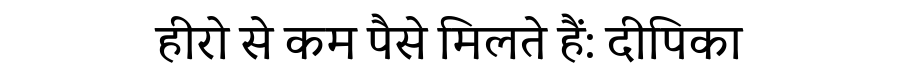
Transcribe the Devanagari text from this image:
हीरो से कम पैसे मिलते हैं: दीपिका